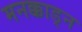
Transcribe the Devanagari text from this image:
मनक्काड्न